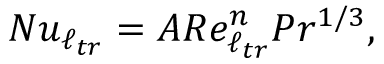
N u _ { \ell _ { t r } } = A R e _ { \ell _ { t r } } ^ { n } P r ^ { 1 / 3 } ,